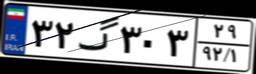
۳۲گ۳۰۳۲۹